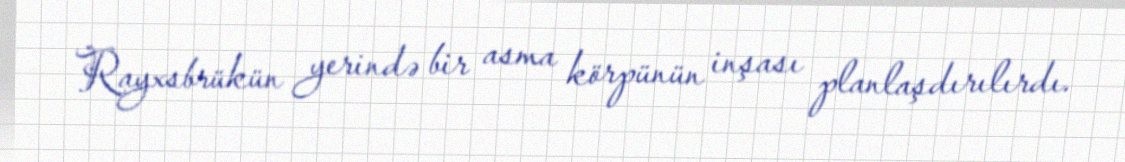
Rayxsbrükün yerində bir asma körpünün inşası planlaşdırılırdı.